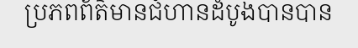
ប្រភពព័ត៌មានជំហានដំបូងបានបាន